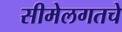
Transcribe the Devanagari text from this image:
सीमेलगतचे